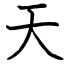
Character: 天